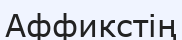
Аффикстің